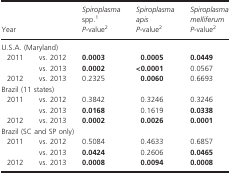
<table><thead><tr><td></td><td></td><td><b><i>Spiroplasma</i> spp.1</b></td><td><b><i>Spiroplasma apis</i></b></td><td><b><i>Spiroplasma melliferum</i></b></td></tr><tr><td colspan="2"><b>Year</b></td><td><b><i>P</i>-value2</b></td><td><b><i>P</i>-value2</b></td><td><b><i>P</i>-value2</b></td></tr></thead><tbody><tr><td colspan="5">U.S.A. (Maryland)</td></tr><tr><td> 2011</td><td>vs. 2012</td><td><b>0.0003</b></td><td><b>0.0005</b></td><td><b>0.0449</b></td></tr><tr><td></td><td>vs. 2013</td><td><b>0.0002</b></td><td><b>&lt;0.0001</b></td><td>0.0567</td></tr><tr><td> 2012</td><td>vs. 2013</td><td>0.2325</td><td><b>0.0060</b></td><td>0.6693</td></tr><tr><td colspan="5">Brazil (11 states)</td></tr><tr><td> 2011</td><td>vs. 2012</td><td>0.3842</td><td>0.3246</td><td>0.3246</td></tr><tr><td></td><td>vs. 2013</td><td><b>0.0168</b></td><td>0.1619</td><td><b>0.0338</b></td></tr><tr><td> 2012</td><td>vs. 2013</td><td><b>0.0002</b></td><td><b>0.0026</b></td><td><b>0.0001</b></td></tr><tr><td colspan="5">Brazil (SC and SP only)</td></tr><tr><td> 2011</td><td>vs. 2012</td><td>0.5084</td><td>0.4633</td><td>0.6857</td></tr><tr><td></td><td>vs. 2013</td><td><b>0.0424</b></td><td>0.2606</td><td><b>0.0465</b></td></tr><tr><td> 2012</td><td>vs. 2013</td><td><b>0.0008</b></td><td><b>0.0094</b></td><td><b>0.0008</b></td></tr></tbody></table>